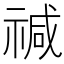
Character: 𮂅